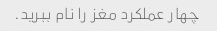
چهار عملکرد مغز را نام ببرید.